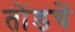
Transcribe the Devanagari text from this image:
तोंडचें